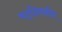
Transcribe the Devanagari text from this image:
षट्‌दिवसीय